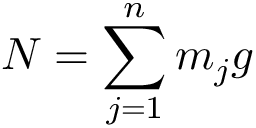
N = \sum _ { j = 1 } ^ { n } m _ { j } g